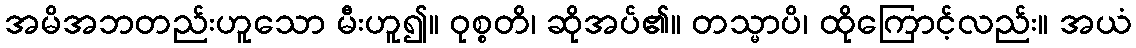
အမိအဘတည်းဟူသော မီးဟူ၍။ ဝုစ္စတိ၊ ဆိုအပ်၏။ တသ္မာပိ၊ ထိုကြောင့်လည်း။ အယံ